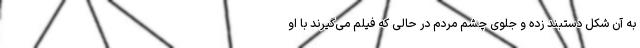
به آن شکل دستبند زده و جلوی چشم مردم در حالی که فیلم می‌گیرند با او